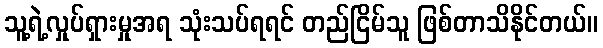
သူ့ရဲ့လှုပ်ရှားမှုအရ သုံးသပ်ရရင် တည်ငြိမ်သူ ဖြစ်တာသိနိုင်တယ်။